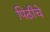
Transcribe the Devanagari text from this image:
पिठीचे